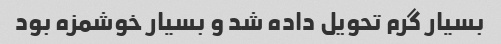
بسیار گرم تحویل داده شد و بسیار خوشمزه بود